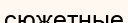
сюжетные